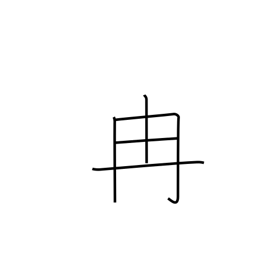
Meaning: tan